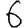
Digit: 6